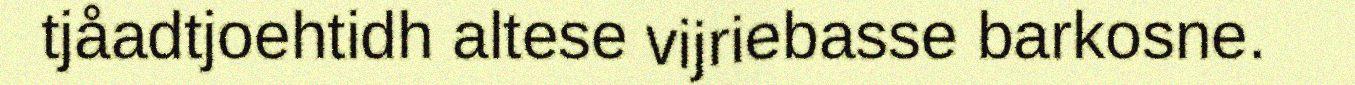
tjåadtjoehtidh altese vijriebasse barkosne.